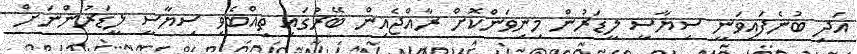
އަދި ބުނެފައިވަނީ ސިޔާސީ ލީޑަރުން މިނިވަންކޮށް ރާއްޖެއިން ބޭރުގައި ތިއްބެވި ސިޔާސީ ލީޑަރުންނަށް